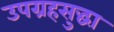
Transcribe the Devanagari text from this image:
उपग्रहसुद्धा